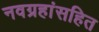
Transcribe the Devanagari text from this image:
नवग्रहांसहित